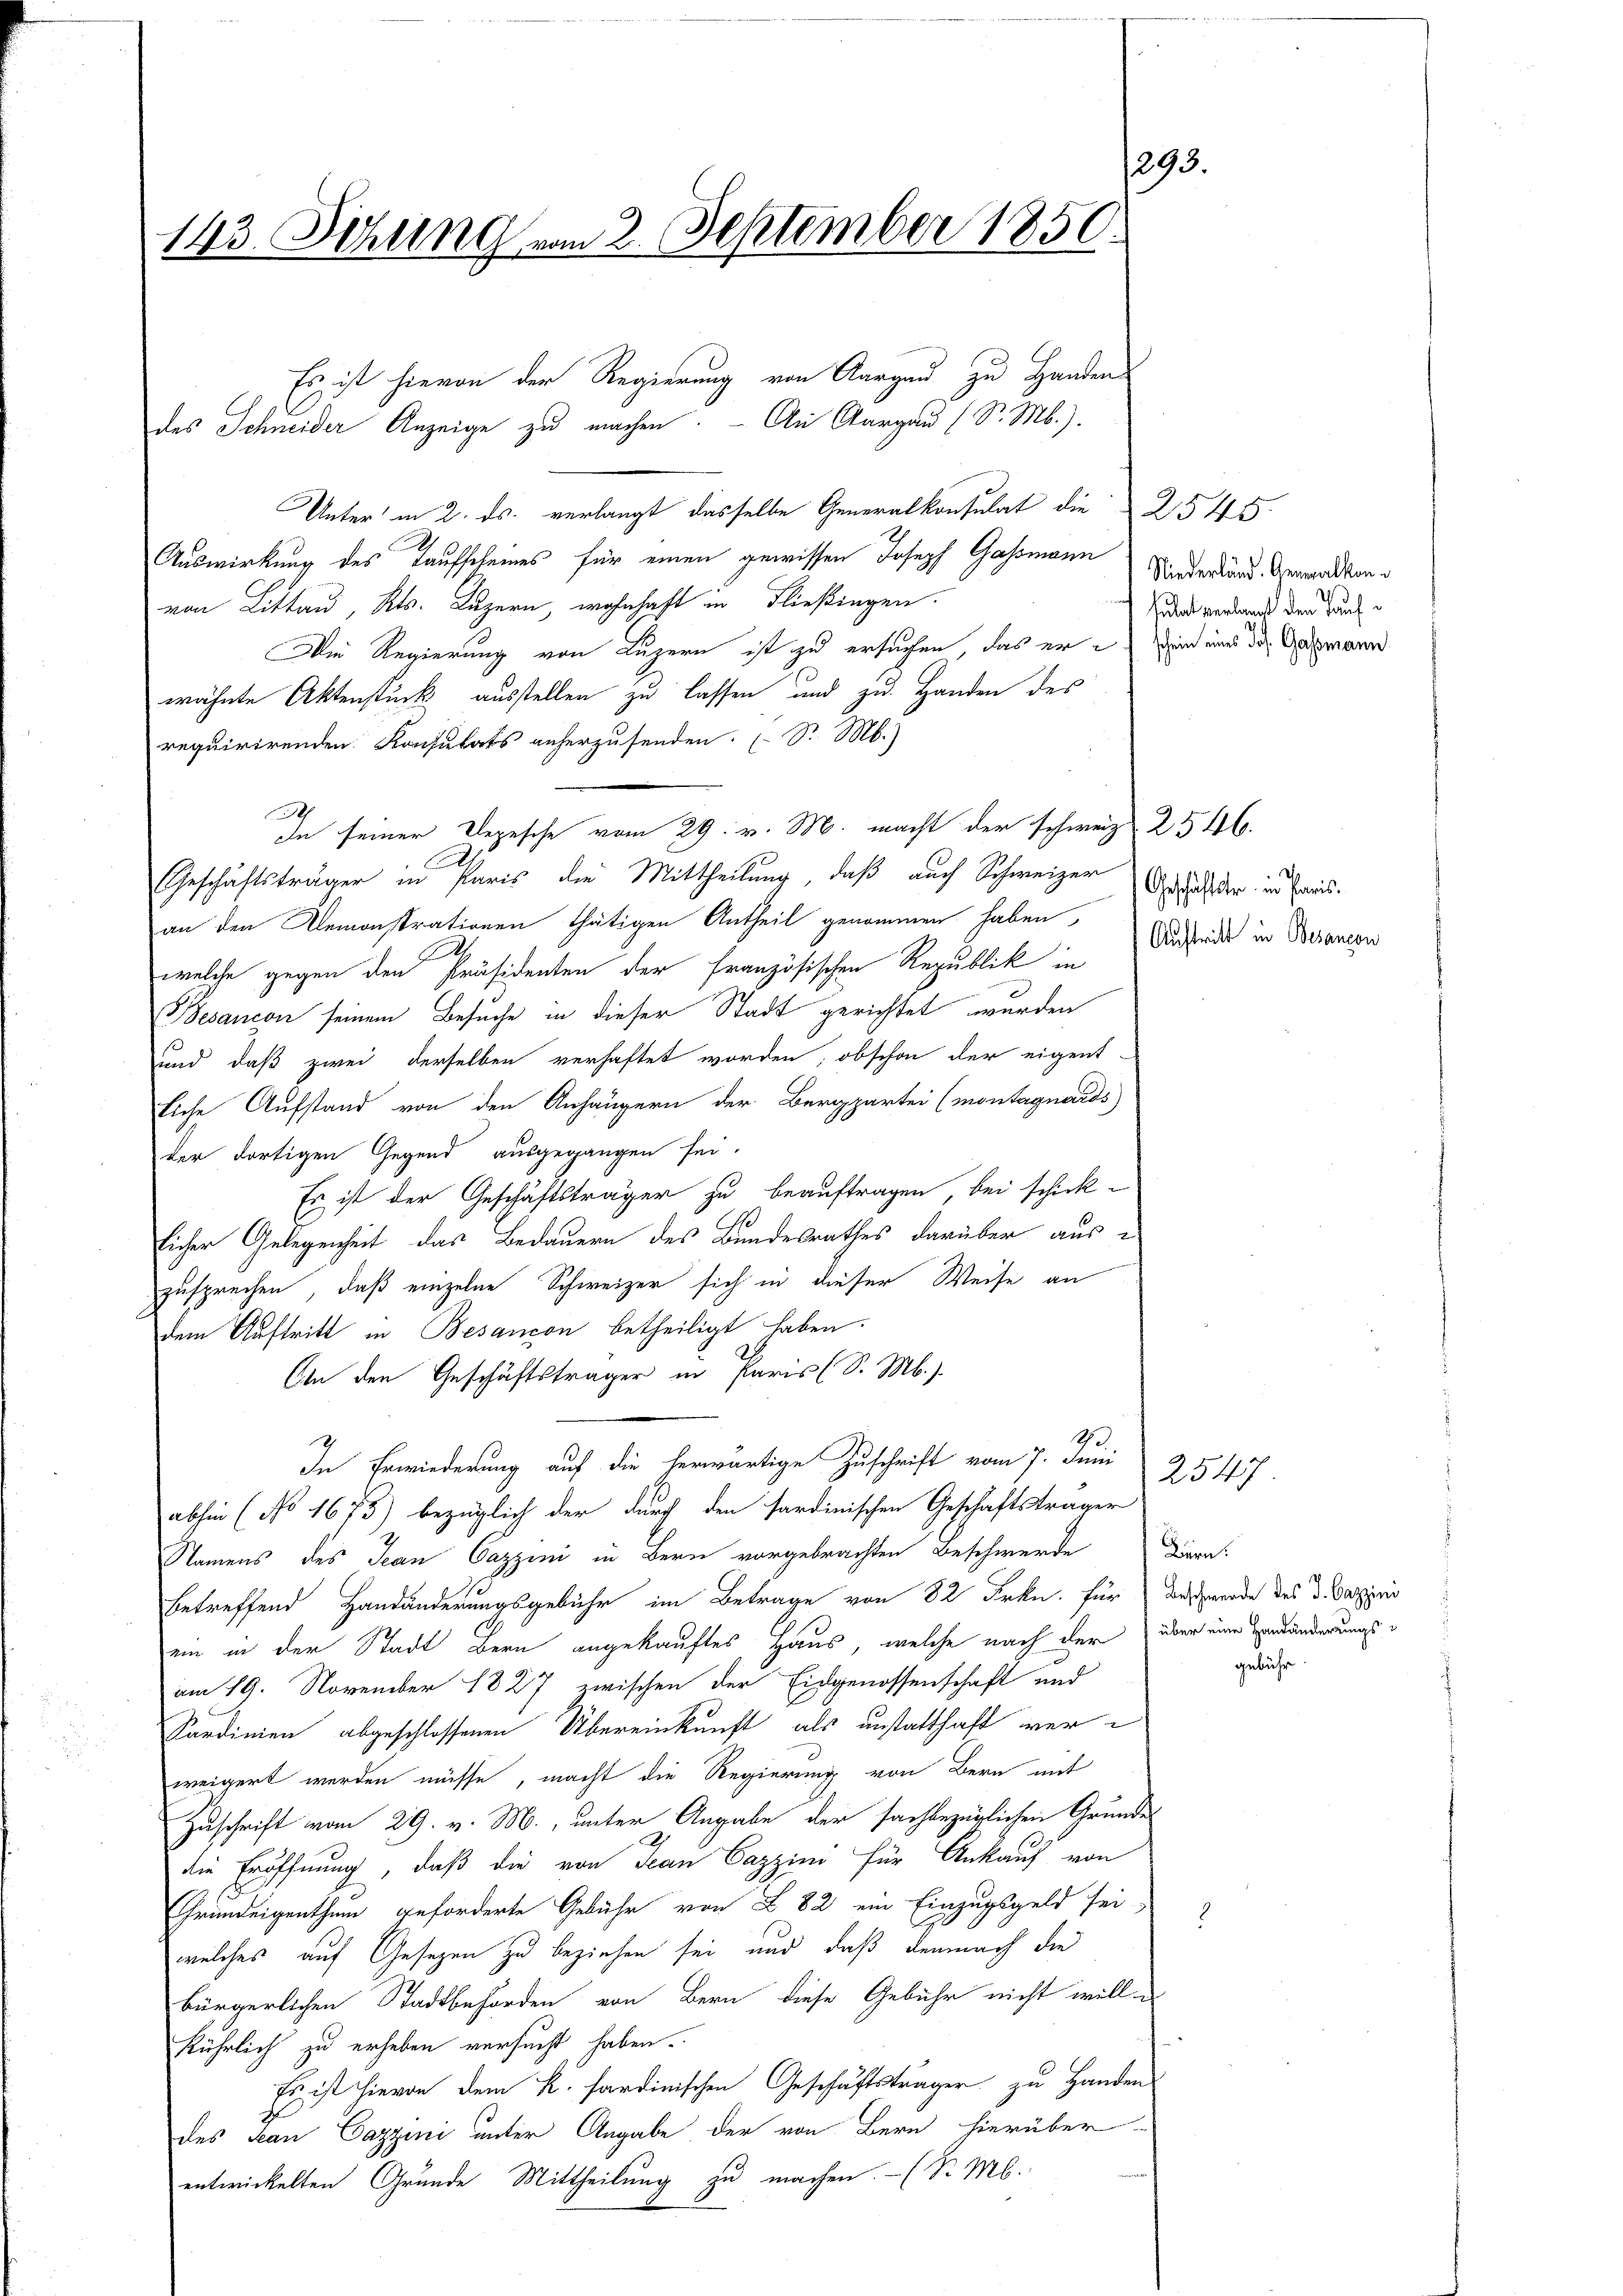
n
143. Sezung vom 2. September 1850.

Es ist hievon der Regierung von Aargau zu Handen
des Schneider Anzeige zu machen. - An Aargau (S. M.).
Unter in 2. ds. verlangt dasselbe Generalkonsulat die 2545.
Auswirkung des Taufscheines für einen gewissen Joseph Gassmann Niederland Anwaldtenvon Littau, Kts. Luzern, wohnhaft in Fließingen.
Die Regierung von Luzern ist zu ersuchen, das er ein und das Gasmann
wähnte Aktenstück ausstellen zu lassen und zu Handen des
requirirenden Konsulats anherzusenden. (S. M.)
In seiner Depesche vom 29. v. M. macht der schweiz. 2546.
.
Geschäftsträger in Paris die Mittheilung, daß auch Schweizer
an den Demonstrationen thätigen Antheil genommen haben,
welche gegen den Präsidenten der französischen Republik in
Besancon seinem Besuche in dieser Stadt gerichtet wurden
und daß zwei derselben verhaftet worden; obschon der eigent-
liche Aufstand von den Anhängern der Bergpartei (montagnards
der dortigen Gegend ausgegangen sei.
Es ist der Geschäftsträger zu beauftragen, bei schick-
licher Gelegenheit das Bedauern des Bundesrathes darüber aus
zusprechen, daß einzelne Schweizer sich in dieser Weise an
dem Auftritt in Besancon betheiligt haben.
An den Geschäftsträger in Paris (S. M.)
2
In Erwiederung auf die herwärtige Zuschrift vom 7. Juni
abhin (No 1673) bezüglich der durch den sardinischen Geschäftsträger
Namens des Jean Cazzini in Bern vorgebrachten Beschwerde Diern
betreffend Handänderungsgebühr im Betrage von 82 Frkn. für das werde des Vateris
ein in der Stadt Bern angekauftes Haus, welche nach der über eine Veränderungsam 19. November 1827 zwischen der Eidgenossenschaft und
Sardinien abgeschlossenen Übereinkunft als anstatthaft ver-
weigert werden müsse, macht die Regierung von Bern mit
Zuschrift vom 29. v. M., unter Angabe der fachbezüglichen Grundes
die Eröffnung, daß die von Jean Cazzini für Ankauf von
Grundeigenthum geforderte Gebühr von Z. 82 ein Einzugsgeld sei,
welches auf Gesetzen zu beziehen sei und daß demnach die
bürgerlichen Stadtbehörden von Bern diese Gebühr nicht will-
kührlich zu erheben versucht haben.
Es ist hievon dem k. sardinischen Geschäftsträger zu Handen
des Jean Cazzini unter Angabe der von Bern hierüber-
entwickelten Grunde Mittheilung zu machen. - (S. M.

tulat verlangt den Tauf¬

Geschäftstr. in Paris.
Auftritt in Besançon

2547

gebühr